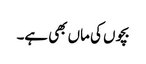
بچوں کی ماں بھی ہے۔